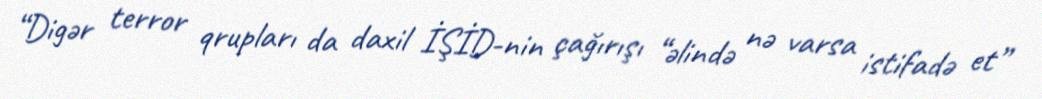
“Digər terror qrupları da daxil İŞİD-nin çağırışı “əlində nə varsa istifadə et”